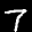
Label: 7